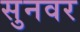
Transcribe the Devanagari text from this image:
सुनवर